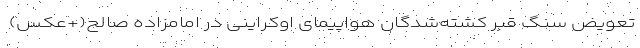
تعویض سنگ قبر کشته‌شدگان هواپیمای اوکراینی در امامزاده صالح(+عکس)